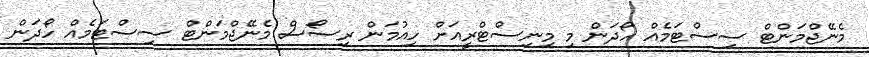
މެނޭޖްމަންޓް ސިސްޓަމެއް ހޯދަން މި މިނިސްޓްރީއަށް ހިއުމަން ރިސޯސް މެނޭޖްމަންޓް ސިސްޓަމެއް ހޯދަން